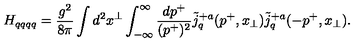
H _ { q q q q } = { \frac { g ^ { 2 } } { 8 \pi } } \int d ^ { 2 } x ^ { \perp } \int _ { - \infty } ^ { \infty } { \frac { d p ^ { + } } { ( p ^ { + } ) ^ { 2 } } } { \tilde { j } ^ { + a } } _ { q } ( p ^ { + } , x _ { \perp } ) { \tilde { j } ^ { + a } } _ { q } ( - p ^ { + } , x _ { \perp } ) .